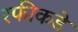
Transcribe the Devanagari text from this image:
रफीकडे